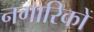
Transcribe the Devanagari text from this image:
नगारिकों